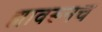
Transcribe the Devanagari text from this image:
ह्यावरूनच